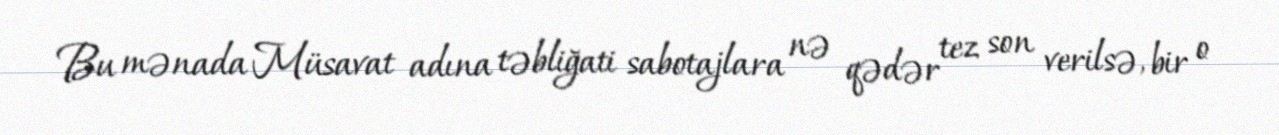
Bu mənada Müsavat adına təbliğati sabotajlara nə qədər tez son verilsə, bir o